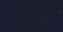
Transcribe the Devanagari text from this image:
फनबोर्ड्स